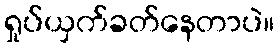
ရှုပ်ယှက်ခတ်နေတာပဲ။